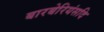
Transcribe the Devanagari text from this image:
बारबेरियंसदि